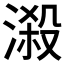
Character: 𣻑